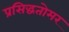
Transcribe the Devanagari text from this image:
प्रसिद्धतोमर